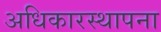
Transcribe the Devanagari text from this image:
अधिकारस्थापना